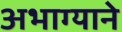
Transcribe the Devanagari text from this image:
अभाग्याने